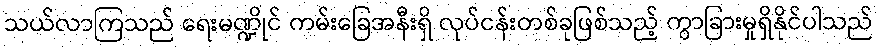
သယ်လာကြသည် ရေးမဏ္ဍိုင် ကမ်းခြေအနီးရှိ လုပ်ငန်းတစ်ခုဖြစ်သည့် ကွာခြားမှုရှိနိုင်ပါသည်